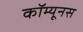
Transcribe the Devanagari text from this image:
कॉम्यूनस